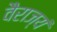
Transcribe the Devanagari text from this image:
वैराज्यं